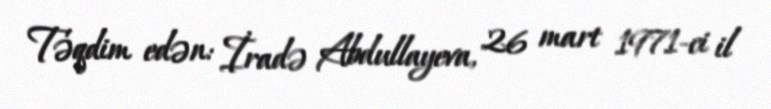
Təqdim edən: İradə Abdullayeva, 26 mart 1971-ci il